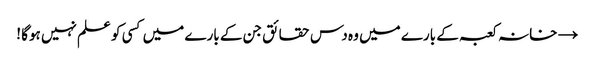
→ خانہ کعبہ کے بارے میں وہ دس حقائق جن کے بارے میں کسی کو علم نہیں ہوگا !